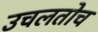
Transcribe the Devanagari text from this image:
उचलतोच